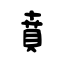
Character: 賁